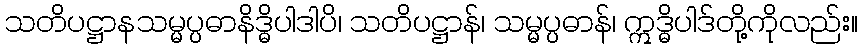
သတိပဋ္ဌာနသမ္မပ္ပဓာနိဒ္ဓိပါဒါပိ၊ သတိပဋ္ဌာန်၊ သမ္မပ္ပဓာန်၊ ဣဒ္ဓိပါဒ်တို့ကိုလည်း။